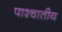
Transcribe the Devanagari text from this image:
पाश्चातीय